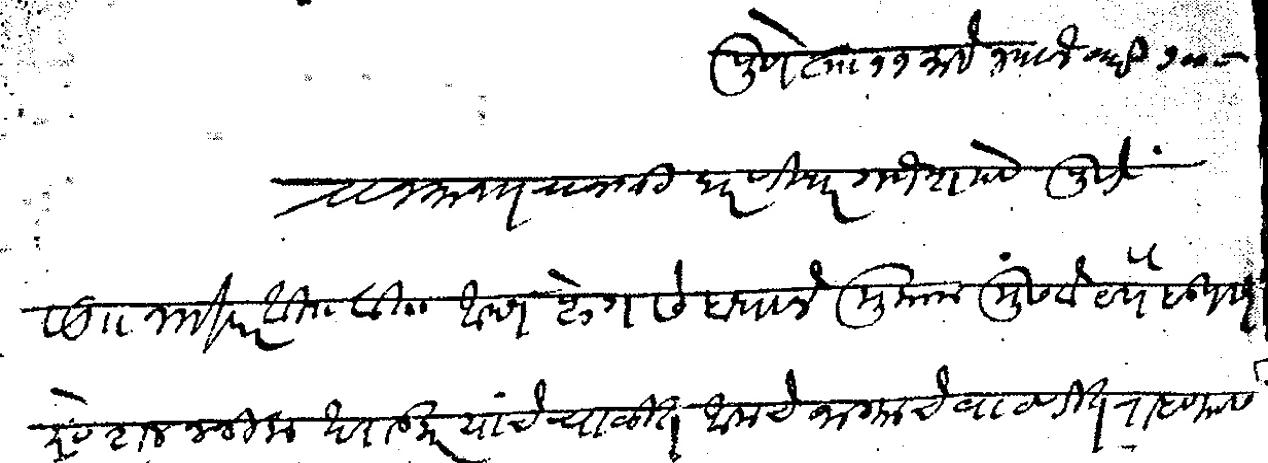
Transliteration (Devanagari): पुणे ता ११ माहे ज्यानेवारी १९०८ राजमान्य राजश्री धरणीधर गणेश देव पुणे सा नमस्कार वि वि आपण प्लेग संबंधाने मुकाम मुंढवे येथे हडपसर स्टेशननजीक खराडकर यांचे चाळीत आमचे जाग्याचे वाटणीत राहण्यास